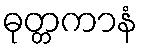
ဓုတ္တကာနံ